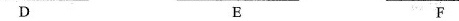
D E F